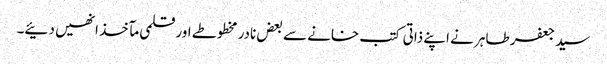
سید جعفر طاہر نے اپنے ذاتی کتب خانے سے بعض نادر مخطوطے اور قلمی مآخذ انھیں دئیے۔